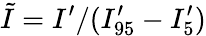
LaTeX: \tilde{I}=I^{\prime}/(I_{95}^{\prime}-I_{5}^{\prime})